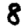
Digit: 8